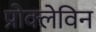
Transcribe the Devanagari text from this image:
प्रोक्लेविन